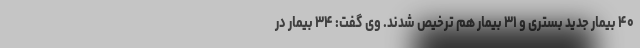
۴۰ بیمار جدید بستری و ۳۱ بیمار هم ترخیص شدند. وی گفت: ۳۴ بیمار در